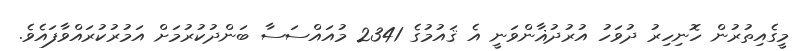
މީގެއިތުރުން ހޮނިހިރު ދުވަހު އުރުދުޣާންވަނީ އެ ޤައުމުގެ 2341 މުއައްސަސާ ބަންދުކުރުމަށް އަމުރުކުރައްވާފައެވެ.